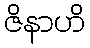
ဇိနာဟိ